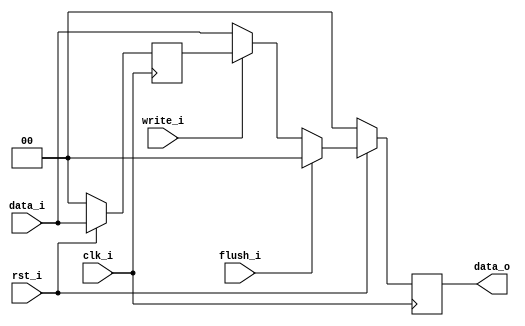
module Pipe_Reg(
    
    clk_i,
    rst_i,
    data_i,
    flush_i,
    write_i,
    data_o
    );
					
parameter size = 0;

input   clk_i;		  
input   rst_i;
input   flush_i;
input   write_i;
input   [size-1:0] data_i;
output  [size-1:0] data_o;

reg     [size-1:0] data_delay1;
reg     [size-1:0] data_delay2;

assign data_o = data_delay2;
	  
always@(posedge clk_i) begin
    if(~rst_i) begin
        data_delay1 <= { size {1'b0} };
        data_delay2 <= { size {1'b0} };
    end
    else begin
        data_delay1 <= data_i;
        data_delay2 <= data_delay1;
        if ( write_i == 1'b0 ) begin
            data_delay2 <= data_i;
        end 
        if ( flush_i == 1'b1 ) begin
            data_delay2 <= { size {1'b0} };
        end   
    end 
end

endmodule